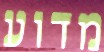
מדוע